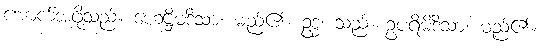
အောက်အဖို့သည်။ ဟေဋ္ဌိမဒိသာ၊ မည်၏။ ဥဒ္ဓံ၊ သည်။ ဥပရိမိဒိသာ၊ မည်၏။